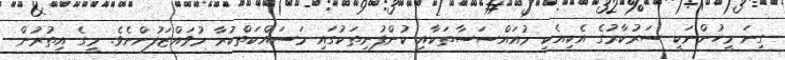
ގިނަ މީހުންނަކީ ސަރުކާރުގެ އެކިއެކި މުއައްސަސާތަކާއި ކުންފުނިތަކުގައި މަސައްކަތްކުރާ މުވައްޒަފުންނެވެ. މީގެ އިތުރުން